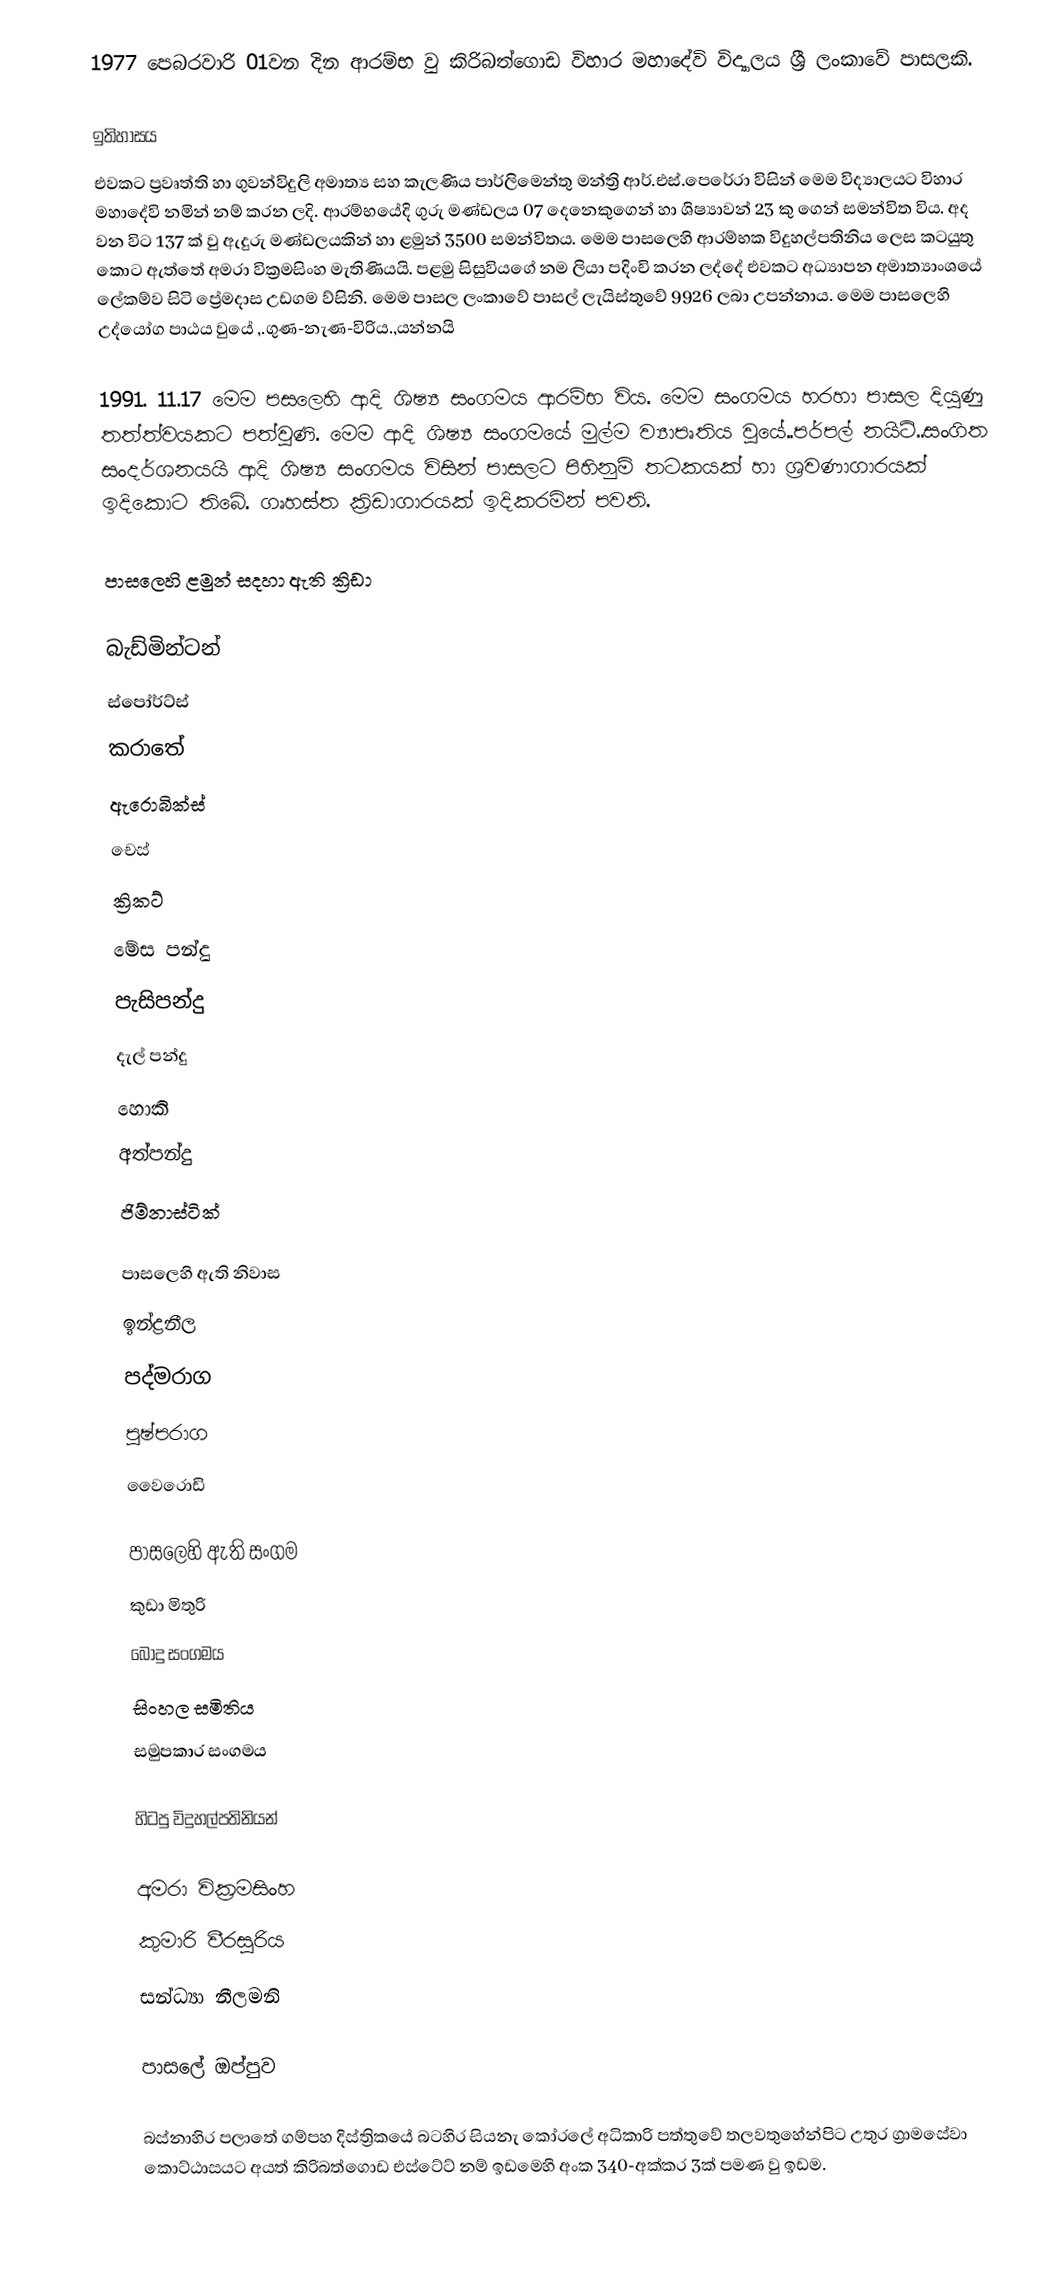
1977 පෙබරවාරි 01වන දින ආරම්භ වු කිරිබත්ගොඩ විහාර මහාදේවි විද්‍යාලය ශ්‍රී ලංකාවේ පාසලකි.

ඉතිහාසය
එවකට ප්‍රවෘත්ති හා ගුවන්විදුලි අමාත්‍ය සහ කැලණිය පාර්ලිමෙන්තු මන්ත්‍රි ආර්.එස්.පෙරේරා විසින් මෙම විද්‍යාලයට විහාර මහාදේවි නමින් නම් කරන ලදි. ආරම්භයේදි ගුරු මණ්ඩලය 07 දෙනෙකුගෙන් හා ශිෂ්‍යාවන් 23 කු ගෙන් සමන්විත විය. අද වන විට 137 ක් වු ඇදුරු මණ්ඩලයකින් හා ළමුන් 3500 සමන්විතය. මෙම පාසලෙහි ආරම්භක විදුහල්පතිනිය ලෙස කටයුතු කොට ඇත්තේ අමරා වික්‍රමසිංහ මැතිණියයි. පළමු සිසුවියගේ නම ලියා පදිංචි කරන ලද්දේ එවකට අධ්‍යාපන අමාත්‍යාංශයේ ලේකම්ව සිටි ප්‍රේමදාස උඩගම ව්සිනි. මෙම පාසල ලංකාවේ පාසල් ලැයිස්තුවේ 9926 ලබා උපන්නාය. මෙම පාසලෙහි උද්යෝග පාඨය වුයේ ,.ගුණ-නැණ-විරිය.,යන්නයි

1991. 11.17 මෙම පසලෙහි ආදි ශිෂ්‍ය සංගමය ආරම්භ විය. මෙම සංගමය හරහා පාසල දියුණු තත්ත්වයකට පත්වුණි. මෙම ආදි ශිෂ්‍ය සංගමයේ මුල්ම ව්‍යාපෘතිය වුයේ..පර්පල් නයිට්..සංගිත සංදර්ශනයයි  ආදි ශිෂ්‍ය සංගමය විසින් පාසලට පිහිනුම් තටකයක් හා ශ්‍රවණාගාරයක් ඉදිකොට තිබේ. ගෘහස්ත ක්‍රිඩාගාරයක් ඉදිකරමින් පවති.

පාසලෙහි ළමුන් සදහා ඇති ක්‍රිඩා

බැඩ්මින්ටන්
ස්පෝර්ට්ස්
කරාතේ
ඇරොබික්ස්
චෙස්
ක්‍රිකට්
මේස පන්දු
පැසිපන්දු
දැල් පන්දු
හොකි
අත්පන්දු
ජිම්නාස්ටික්

පාසලෙහි ඇති නිවාස
ඉන්ද්‍රනීල
පද්මරාග
පුෂ්පරාග
වෛරොඩි

පාසලෙහි ඇති සංගම
කුඩා මිතුරි
බොදු සංගමය
සිංහල සමිතිය
සමුපකාර සංගමය

හිටපු විදුහල්පතිනියන්

අමරා වික්‍රමසිංහ
කුමාරි වීරසුරිය
සන්ධ්‍යා නීලමනි

පාසලේ ඔප්පුව

බස්නාහිර පලාතේ  ගම්පහ දිස්ත්‍රිකයේ බටහිර සියනැ කෝරලේ  අධිකාරි පත්තුවේ තලවතුහේන්පිට උතුර ග්‍රාමසේවා කොට්ඨාසයට අයත් කිරිබත්ගොඩ එස්ටේට් නම් ඉඩමෙහි අංක 340-අක්කර 3ක් පමණ වු ඉඩම.